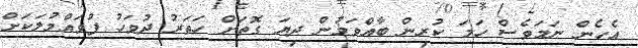
އެހެން ނަމަވެސް ހަމަ ކުރިން ބާއްވަމުން ދިޔަ ގޮތަށް ހަތަރު ދުވަހު ފުވައްމުލަކަށް